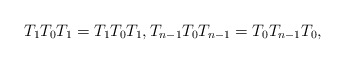
\begin{gather*} T_1 T_0 T_1 =T_1 T_0 T_1, T_{n-1} T_0 T_{n-1}=T_0 T_{n-1} T_0, \end{gather*}